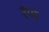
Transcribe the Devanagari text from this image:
रंपा